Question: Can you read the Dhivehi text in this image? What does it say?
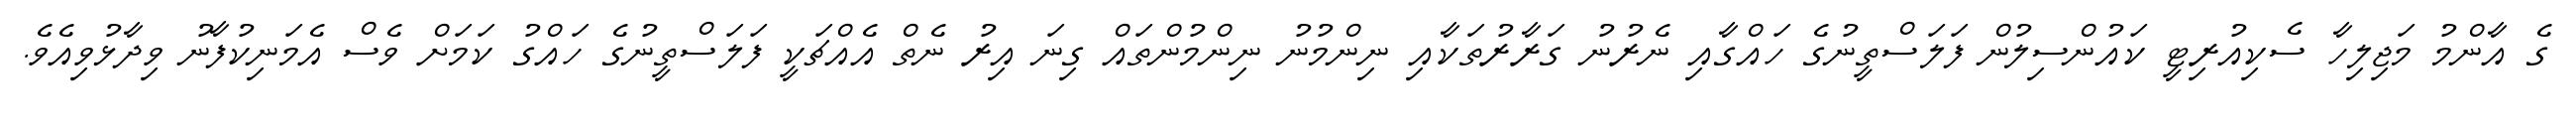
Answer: ގެ އާންމު މަޖިލިހާ ސެކިއުރިޓީ ކައުންސިލުން ފަލަސްތީނުގެ ހައްގާއި ނެރުނު ގަރާރުތަކާއި ނިންމުނު ނިންމުންތައް ގިނަ އިރު ނެތް އެއްޗަކީ ފަލަސްތީނުގެ ހައްގު ކަމަށް ވެސް އެމަނިކުފާނު ވިދާޅުވިއެވެ.